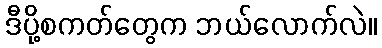
ဒီပို့စကတ်တွေက ဘယ်လောက်လဲ။